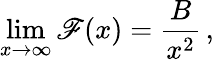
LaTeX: \operatorname*{lim}_{x\rightarrow\infty}\mathscr{F}(x)={\frac{{B}}{{x^{2}}}}\, ,